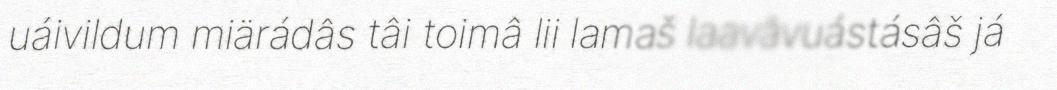
uáivildum miärádâs tâi toimâ lii lamaš laavâvuástásâš já